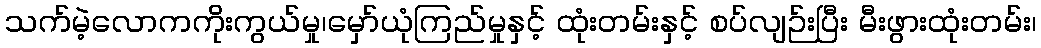
သက်မဲ့လောကကိုးကွယ်မှု၊မှော်ယုံကြည်မှုနှင့် ထုံးတမ်းနှင့် စပ်လျဉ်းပြီး မီးဖွားထုံးတမ်း၊